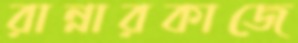
রান্নারকাজে